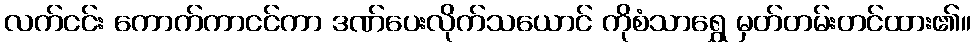
လက်ငင်း ကောက်ကာငင်ကာ ဒဏ်ပေးလိုက်သယောင် ကိုစံသာရွှေ မှတ်တမ်းတင်ထား၏။